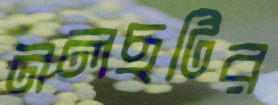
নলছটির